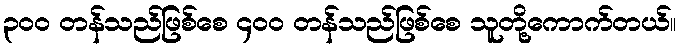
၃၀၀ တန်သည်ဖြစ်စေ ၄၀၀ တန်သည်ဖြစ်စေ သူတို့ကောက်တယ်။